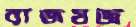
রাজযজ্ঞ